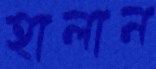
হালান